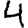
Digit: 4